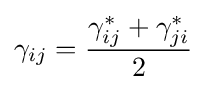
\gamma _{ij}={\frac {\gamma _{ij}^{*}+\gamma _{ji}^{*}}{2}}